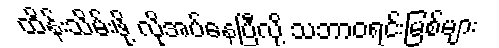
ထိန်းသိမ်းဖို့ လိုအပ်နေပြီလို့ သဘာဝရင်းမြစ်များ